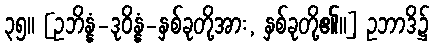
၃၅။ [ဥဘိန္နံ-ဒုဝိန္နံ-နှစ်ခုတို့အား, နှစ်ခုတို့၏။] ဥဘာဒိ၌